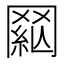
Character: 𦋟